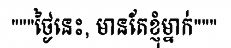
"""ថ្ងៃនេះ, មានតែខ្ញុំម្នាក់"""